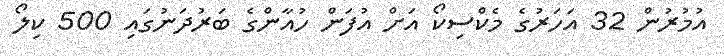
އުމުރުން 32 އަހަރުގެ މެކްސިކޯ އަށް އުފަން ހުއާންގެ ބަރުދަނުގައި 500 ކިލޯ